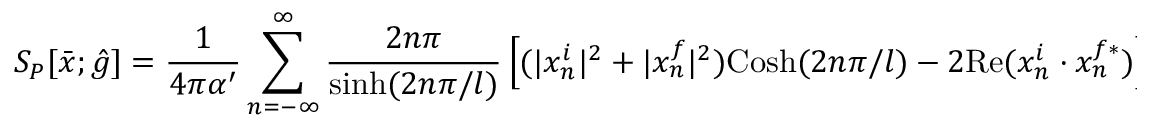
S _ { P } [ { \bar { x } } ; { \hat { g } } ] = { \frac { 1 } { 4 \pi \alpha ^ { \prime } } } \sum _ { n = - \infty } ^ { \infty } { \frac { 2 n \pi } { \mathrm { s i n h } ( 2 n \pi / l ) } } \left[ ( | x _ { n } ^ { i } | ^ { 2 } + | x _ { n } ^ { f } | ^ { 2 } ) \mathrm { C o s h } ( 2 n \pi / l ) - 2 \mathrm { R e } ( x _ { n } ^ { i } \cdot x _ { n } ^ { f * } ) \right] \quad .